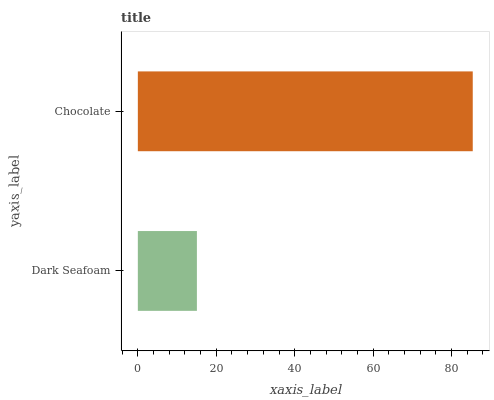
| yaxis_label | bars |
 | --- | --- |
 | Dark Seafoam | 15.1 |
 | Chocolate | 85.4 |